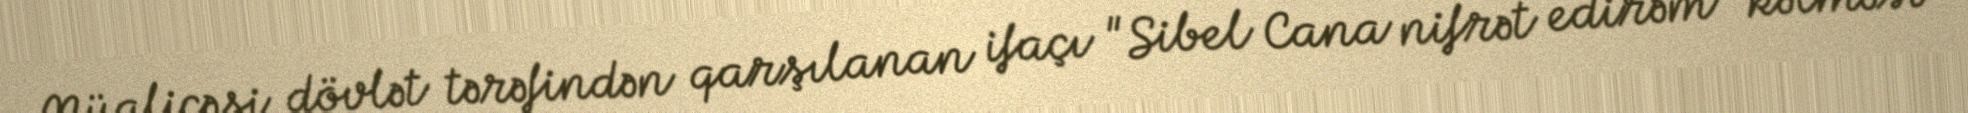
Müalicəsi dövlət tərəfindən qarşılanan ifaçı "Sibel Cana nifrət edirəm" kəlməsi